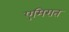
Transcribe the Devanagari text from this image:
एमिरात